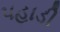
પહાડી